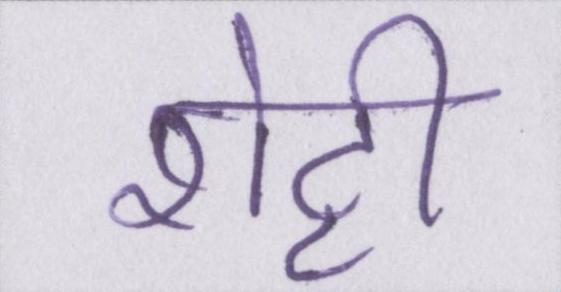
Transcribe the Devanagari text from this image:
शेट्टी